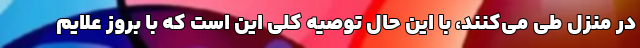
در منزل طی می‌کنند، با این حال توصیه کلی این است که با بروز علایم